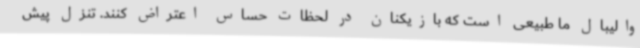
والیبال ما طبیعی است که بازیکنان در لحظات حساس اعتراض کنند. تنزل پیش